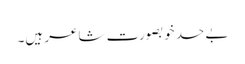
بے حد خوبصورت شاعر ہیں۔